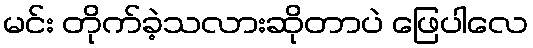
မင်း တိုက်ခဲ့သလားဆိုတာပဲ ဖြေပါလေ